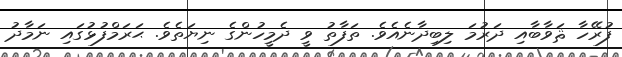
ފުރޭހާ ޘަވާބާއި ދަރުމަ ލިބިދާނެއެވެ. ތަފާތު ވީ ދެމީހުންގެ ނިޔަތެވެ. ޙަރަމްފުޅުގައި ނަމާދު